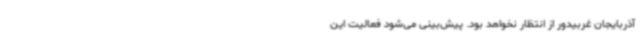
آذربایجان غربیدور از انتظار نخواهد بود. پیش‌بینی می‌شود فعالیت این